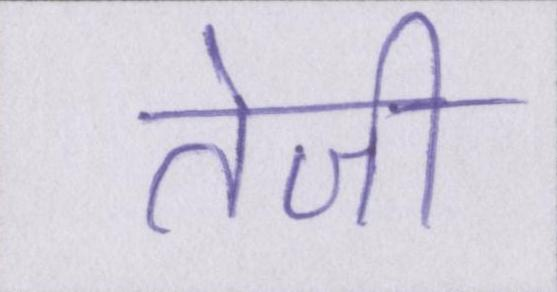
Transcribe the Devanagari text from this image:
तेजी